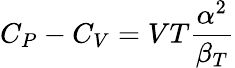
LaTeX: C_{P}-C_{V}=VT{\frac{\alpha^{2}}{\beta_{T}}}